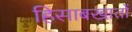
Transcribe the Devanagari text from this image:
हिसाबखातों